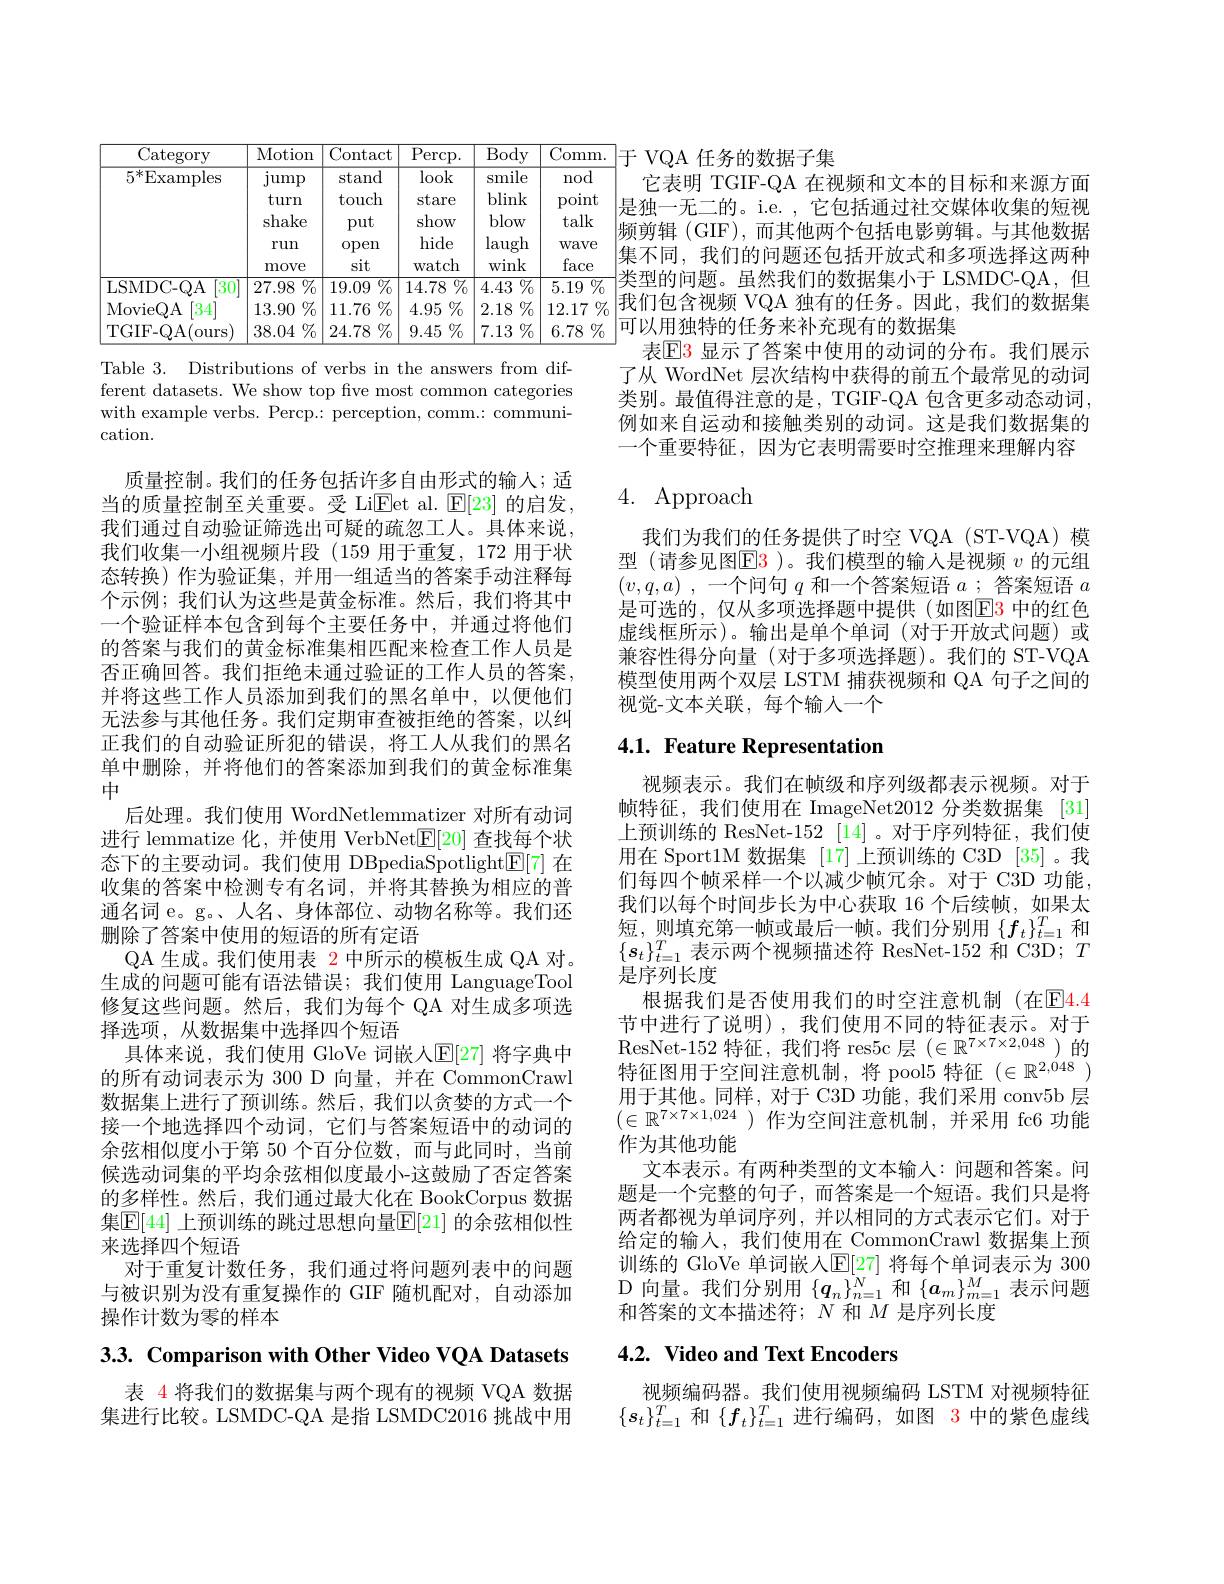
$]于$VQA 任务的数据子集
<table>
	<tbody>
		<tr>
			<th>Category</th>
			<th>Motion</th>
			<th>Contact</th>
			<th>$\operatorname{Percp}.$</th>
			<th>$\overline{\mathrm{Body}}$</th>
			<th>$\overline{\mathrm{Comm}}$</th>
		</tr>
		<tr>
			<td>$5^{*}$Examples</td>
			<td>$\operatorname*{jump}$ turn shake run move</td>
			<td>stand touch put open sit</td>
			<td>$\log$k stare show hide $\operatorname{Watch}$</td>
			<td>smile blink blow laugh wink</td>
			<td>nod point talk wave face</td>
		</tr>
		<tr>
			<td>LSMDC- QA $\lceil30\rceil$</td>
			<td>${\overline{27.98\%}}$</td>
			<td>$\%$ 19.09 </td>
			<td>${\overline{14.78\%}}$</td>
			<td>$\overline{4.43\:\%}$</td>
			<td>$\overline{5.19\%}$</td>
		</tr>
		<tr>
			<td>MovieQA 34</td>
			<td>$13.90\%$</td>
			<td>$11.76\%$</td>
			<td>$4.95\%$</td>
			<td>$2.18\%$</td>
			<td>12.17</td>
		</tr>
		<tr>
			<td>TGIF-QA( $0urs$</td>
			<td>$38.04\%$</td>
			<td>$24.78\%$</td>
			<td>$9.45\%$</td>
			<td>$7.13\%$</td>
			<td>$6.78\%$</td>
		</tr>
	</tbody>
</table>

Table 3. Distributions of verbs in the answers from different datasets. We show top five most common categories with example verbs. Percp.: perception, comm.: communication.

# 4. Approach

质量控制。我们的任务包括许多自由形式的输人；适当的质量控制至关重要。受 Li$\underline{\mathrm{Eet~al.~}}\underline{\mathrm{E[23]~}}$的启发， 我们通过自动验证筛选出可疑的疏忽工人。具体来说， 我们收集一小组视频片段(159 用于重复，172 用于状态转换)作为验证集，并用一组适当的答案手动注释每个示例；我们认为这些是黄金标准。然后，我们将其中一个验证样本包含到每个主要任务中，并通过将他们的答案与我们的黄金标准集相匹配来检查工作人员是否正确回答。我们拒绝未通过验证的工作人员的答案， 并将这些工作人员添加到我们的黑名单中，以便他们无法参与其他任务。我们定期审查被拒绝的答案，以纠正我们的自动验证所犯的错误，将工人从我们的黑名单中删除，并将他们的答案添加到我们的黄金标准集中
后处理。我们使用 WordNetlemmatizer 对所有动词进行 lemmatize 化，并使用 VerbNet$\underline{\mathrm{E}}[20]$查找每个状态下的主要动词。我们使用 DBpediaSpotlight$\mathbb{E}[7]$在收集的答案中检测专有名词，并将其替换为相应的普通名词 e。g。、人名、身体部位、动物名称等。我们还删除了答案中使用的短语的所有定语
QA 生成。我们使用表 2 中所示的模板生成 QA 对。生成的问题可能有语法错误；我们使用 LanguageTool 修复这些问题。然后，我们为每个 QA 对生成多项选择选项，从数据集中选择四个短语
具体来说，我们使用 GloVe 词嵌人$\mathbb{E}[27]$ 将字典中的所有动词表示为 300 D 向量，并在 CommonCrawl 数据集上进行了预训练。然后，我们以贪婪的方式一个接一个地选择四个动词，它们与答案短语中的动词的余弦相似度小于第 50 个百分位数，而与此同时，当前候选动词集的平均余弦相似度最小-这鼓励了否定答案的多样性。然后，我们通过最大化在 BookCorpus 数据集$\mathbb{E}[44]$ 上预训练的跳过思想向量$\mathbb{E}[21]$ 的余弦相似性来选择四个短语
对于重复计数任务，我们通过将问题列表中的问题与被识别为没有重复操作的 GIF 随机配对，自动添加操作计数为零的样本

3.3. Comparison with Other Video VQA Datasets

表 4 将我们的数据集与两个现有的视频 VQA 数据集进行比较。LSMDC-QA 是指 LSMDC2016 挑战中用

它表明 TGIF-QA 在视频和文本的目标和来源方面|是独一无二的。i.e. , 它包括通过社交媒体收集的短视频剪辑 (GIF),而其他两个包括电影剪辑。与其他数据|集不同，我们的问题还包括开放式和多项选择这两种|类型的问题。虽然我们的数据集小于 LSMDC-QA,但|我们包含视频 VQA 独有的任务。因此，我们的数据集|可以用独特的任务来补充现有的数据集
表$\mathbb{E}$3 显示了答案中使用的动词的分布。我们展示了从 WordNet 层次结构中获得的前五个最常见的动词类别。最值得注意的是，TGIF-QA 包含更多动态动词， 例如来自运动和接触类别的动词。这是我们数据集的一个重要特征，因为它表明需要时空推理来理解内容

我们为我们的任务提供了时空 VQA (ST-VQA) 模型 (请参见图E3 )。我们模型的输入是视频 $v$ 的元组$( v, q, a)$ , 一个问句$q$和一个答案短语$a$ ; 答案短语$a$ 是可选的，仅从多项选择题中提供(如图$\color{red}{\mathrm{E3}}$ 中的红色虚线框所示)。输出是单个单词(对于开放式问题)或兼容性得分向量(对于多项选择题)。我们的 ST-VQA 模型使用两个双层 LSTM 捕获视频和 QA 句子之间的视觉-文本关联，每个输入一个

# 4.1. Feature Representation

视频表示。我们在帧级和序列级都表示视频。对于帧特征，我们使用在 ImageNet2012 分类数据集 [31] 上预训练的 ResNet-152 [14] 。对于序列特征，我们使用在 Sport1M 数据集 [17] 上预训练的 C3D [35]。我们每四个帧采样一个以减少帧冗余。对于 C3D 功能， 我们以每个时间步长为中心获取 16 个后续帧，如果太短，则填充第一帧或最后一帧。我们分别用$\{f_t\}_{t=1}^T$和$\{\boldsymbol{s}_t\}_{t=1}^T$表示两个视频描述符 ResNet-152 和 C3D; $T$ 是序列长度
根据我们是否使用我们的时空注意机制 (在E$\color{red} 4. 4$ 节中进行了说明),我们使用不同的特征表示。对于ResNet-152 特征，我们将 res5c 层$(\in\mathbb{R}^7\times7\times2,048$ )的特征图用于空间注意机制，将 pool5 特征$(\in\mathbb{R}^{2,048})$ 用于其他。同样，对于 C3D 功能，我们采用 conv5b 层$(\in\mathbb{R}^{7\times7\times1,024})$作为空间注意机制，并采用 fc6 功能作为其他功能
文本表示。有两种类型的文本输入：问题和答案。问题是一个完整的句子，而答案是一个短语。我们只是将两者都视为单词序列，并以相同的方式表示它们。对于给定的输人，我们使用在 CommonCrawl 数据集上预训练的 GloVe 单词嵌入$\mathbb{E}[27]$ 将每个单词表示为 300 $D$向量。我们分别用$\{q_n\}_{n=1}^N$和$\{a_m\}_{m=1}^M$表示问题和答案的文本描述符；$N$和$M$是序列长度

# 4.2. Video and Text Encoders

视频编码器。我们使用视频编码 LSTM 对视频特征$\{s_t\}_{t=1}^T$和$\{f_t\}_{t=1}^T$进行编码，如图 3 中的紫色虚线